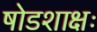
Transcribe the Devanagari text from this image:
षोडशाक्षः